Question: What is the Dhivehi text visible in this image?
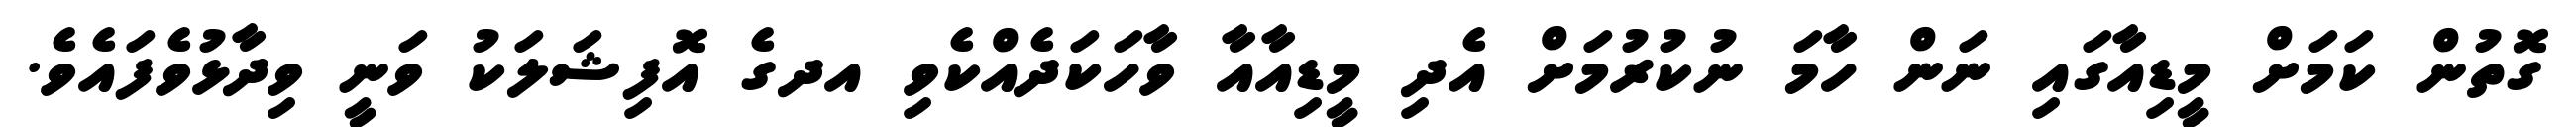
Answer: ގޮތުން ކަމަށް މީޑިއާގައި ނަން ހާމަ ނުކުރުމަށް އެދި މީޑިއާއާ ވާހަކަދެއްކެވި އދގެ އޮފިޝަލަކު ވަނީ ވިދާޅުވެފައެވެ.